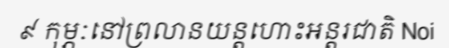
៩ កុម្ភៈនៅព្រលានយន្តហោះអន្តរជាតិ Noi